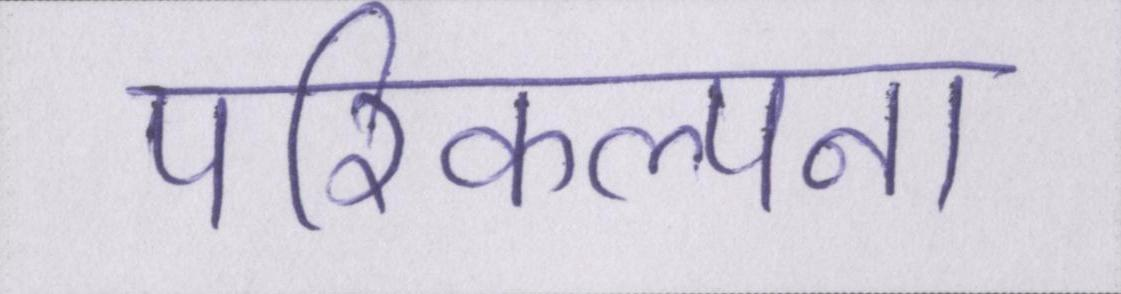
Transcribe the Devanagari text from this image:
परिकल्पना